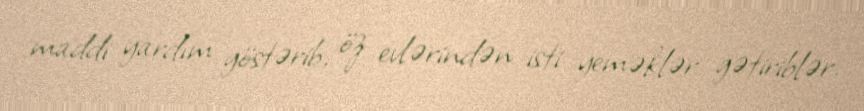
maddi yardım göstərib, öz evlərindən isti yeməklər gətiriblər.